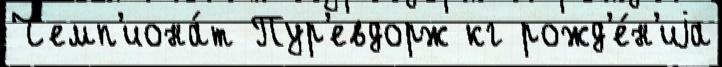
Чемп'иона́т Пур'евдорж кг рожд'е́н'иjа